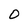
Character: O